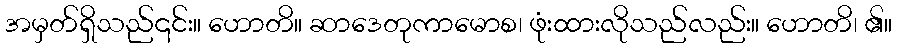
အမှတ်ရှိသည်၎င်း။ ဟောတိ။ ဆာဒေတုကာမောစ၊ ဖုံးထားလိုသည်လည်း။ ဟောတိ၊ ၏။